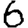
Digit: 6